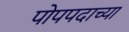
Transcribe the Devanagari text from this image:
पोपपदाच्या